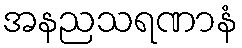
အနညသရဏာနံ